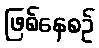
ဖြစ်နေစဉ်